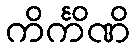
ကိင်္ကိဏိ